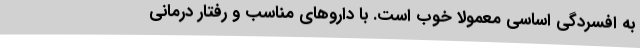
به افسردگی اساسی معمولاً خوب است. با داروهای مناسب و رفتار درمانی